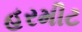
હરમીટ